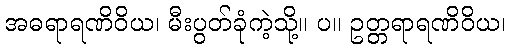
အဓရာရဏိဝိယ၊ မီးပွတ်ခုံကဲ့သို့။ ပ။ ဥတ္တရာရဏိဝိယ၊